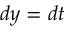
d y = d t